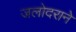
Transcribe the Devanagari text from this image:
जलोदराने